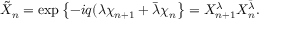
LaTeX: \tilde { X } _ { n } = \exp \left\{ - i q ( \lambda \chi _ { n + 1 } + \bar { \lambda } \chi _ { n } \right\} = X _ { n + 1 } ^ { \lambda } X _ { n } ^ { \bar { \lambda } } .